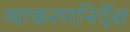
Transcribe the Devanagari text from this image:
व्याकरणनिर्देश